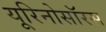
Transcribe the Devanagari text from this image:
यूरिनोसॉरस